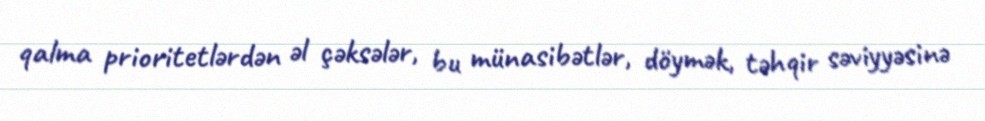
qalma prioritetlərdən əl çəksələr, bu münasibətlər, döymək, təhqir səviyyəsinə